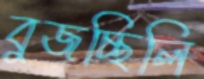
বুজচ্ছিলি